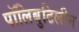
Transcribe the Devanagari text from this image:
पॉलिबुटिलीन